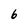
Character: 6